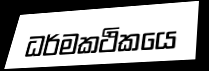
ධර්මකථිකයෙ